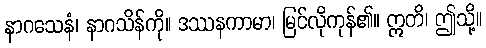
နာဂသေနံ၊ နာဂသိန်ကို။ ဒဿနကာမာ၊ မြင်လိုကုန်၏။ ဣတိ၊ ဤသို့။